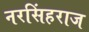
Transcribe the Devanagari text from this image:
नरसिंहराज